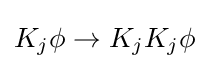
K_{j}\phi \rightarrow K_{j}K_{j}\phi